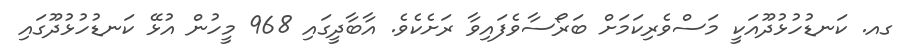
ގއ. ކަނޑުހުޅުދޫއަކީ މަސްވެރިކަމަށް ބަރޯސާވެފައިވާ ރަށެކެވެ. އާބާދީގައި 968 މީހުން އުޅޭ ކަނޑުހުޅުދޫގައި